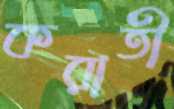
করাতী